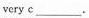
very c___.